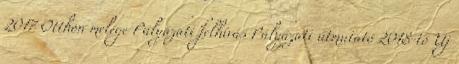
2017 Otthon melege Pályázati felhívás Pályázati útmutató 2018-tó Új